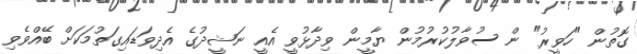
ގޮތުން "ހަވީރު" ން ސުވާލުކުރުމުން ޔާމީން ވިދާޅުވީ އެއީ ނަޝީދުގެ އެދިވަޑައިގަތުމަކަށް ބޭއްވެވި